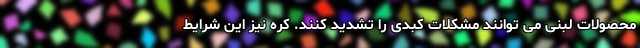
محصولات لبنی می توانند مشکلات کبدی را تشدید کنند. کره نیز این شرایط